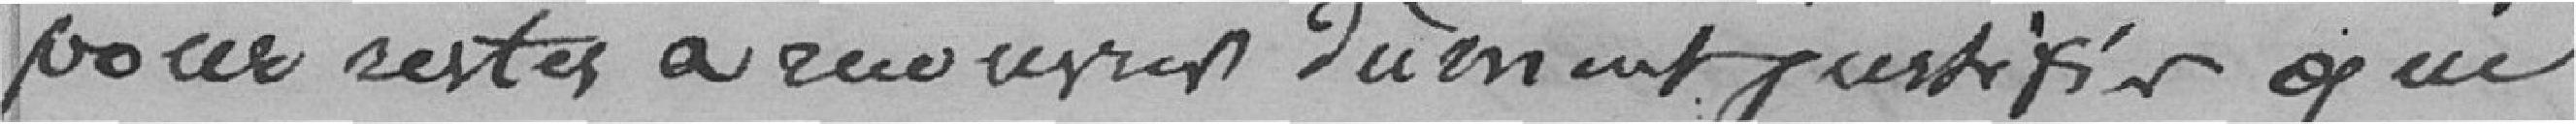
pour restes à recouvrir dûment justifiés qui